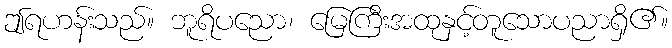
ဤရဟန်းသည်။ ဘူရိပညော၊ မြေကြီးအထုနှင့်တူသောပညာရှိ၏။